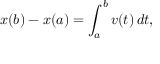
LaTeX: x ( b ) - x ( a ) = \int _ { a } ^ { b } v ( t ) \, d t ,